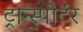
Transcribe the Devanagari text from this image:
ट्रान्स्पोर्टर